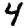
Digit: 4